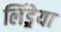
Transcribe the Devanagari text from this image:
लिंड्रेया